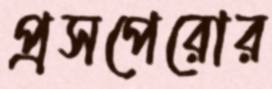
প্রসপেরোর